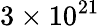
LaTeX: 3\times 10^{21}